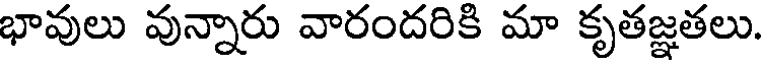
భావులు వున్నారు వారందరికి మా కృతజ్ఞతలు.